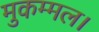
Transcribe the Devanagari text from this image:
मुकम्मल।